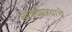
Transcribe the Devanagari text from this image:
खांडवप्रस्थाचे